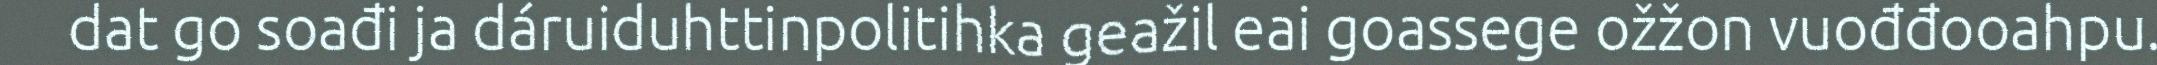
dat go soađi ja dáruiduhttinpolitihka geažil eai goassege ožžon vuođđooahpu.